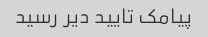
پیامک تایید دیر رسید